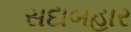
સદાબહાર